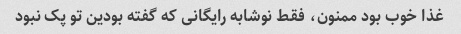
غذا خوب بود ممنون، فقط نوشابه رایگانی که گفته بودین تو پک نبود